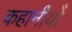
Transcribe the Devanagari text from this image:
कहानीयोँ